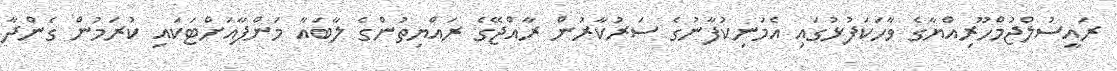
ރައީސުލްޖުމްހޫރިއްޔާގެ ވާހަކަފުޅުގައި އެމަނިކުފާނުގެ ސަރުކާރުން ރާއްޖޭގެ ރައްޔިތުންގެ ލާބައާ މަންފާއަށްޓަކައި ކުރަމުން ގެންދާ